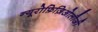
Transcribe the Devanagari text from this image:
न्यूरोफ़िज़िओलौजी